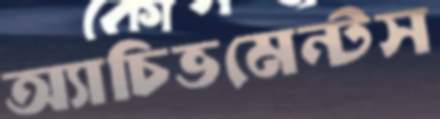
অ্যাচিভমেন্টস